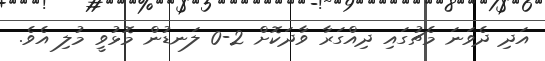
އަދި ދެވަނަ މެޗުގައި ދިއްގަރާ ވާދަކޮށް 2-0 ލަނޑުން މޮޅުވީ މުލި އެވެ.